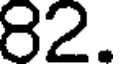
82.